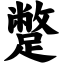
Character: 蹩